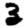
Digit: 3